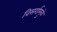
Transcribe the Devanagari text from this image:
विसर्गामुळे